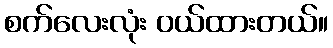
စက်လေးလုံး ဝယ်ထားတယ်။